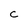
Character: C